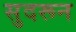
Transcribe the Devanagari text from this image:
सुदरून